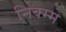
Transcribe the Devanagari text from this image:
निक्म्मे